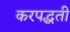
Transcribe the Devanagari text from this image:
करपद्धती